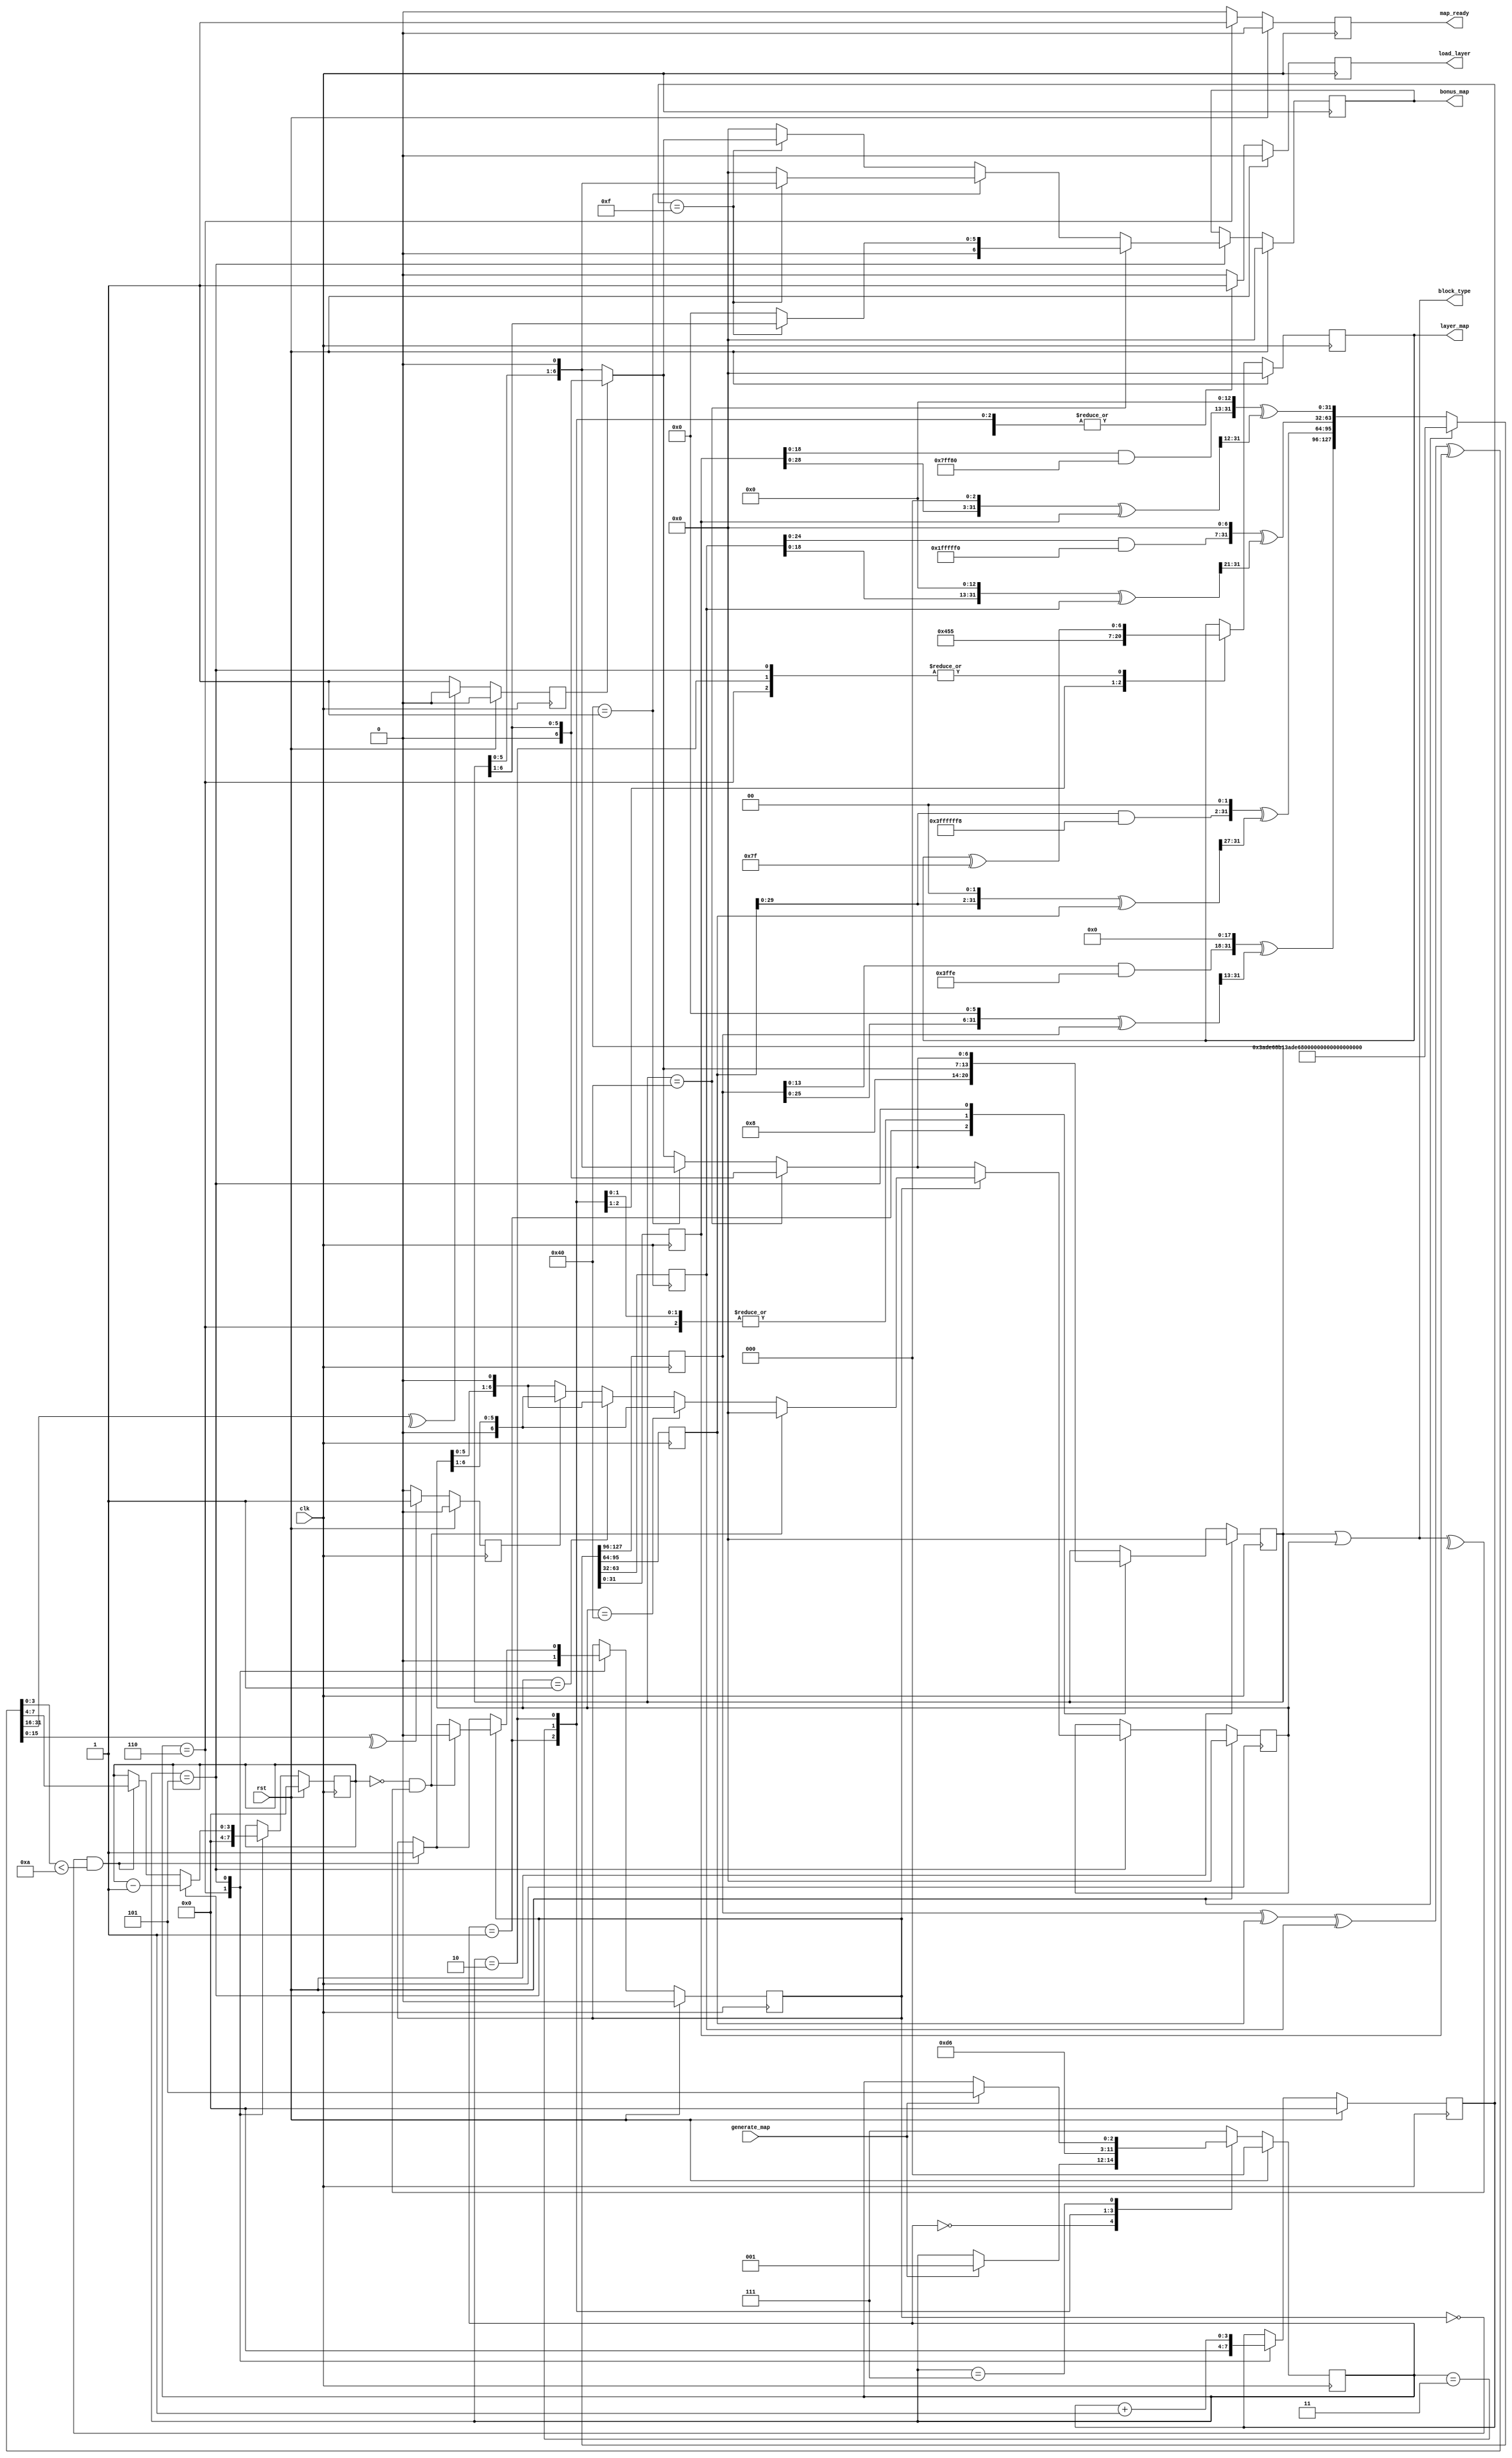
`timescale 1ns / 1ps
//////////////////////////////////////////////////////////////////////////////////
// Company: 
// Engineer: 
// 
// Design Name: 
// Module Name: block_generator
// Project Name: 
// Target Devices: 
// Tool Versions: 
// Description: 
// 
// Dependencies: 
// 
// Revision:
// Revision 0.01 - File Created
// Additional Comments:
// 
//////////////////////////////////////////////////////////////////////////////////


module block_generator(
  input wire clk,
  input wire rst, 
  input wire generate_map,
  output reg [0:6] layer_map,
  output wire [0:6] block_type,
  output reg [0:6] bonus_map,
  output reg load_layer,
  output reg map_ready
);

  localparam S_START = 3'b000;
  localparam S_LAYER_1 = 3'b001; 
  localparam S_LAYER_2 = 3'b011; 
  localparam S_LAYER_3 = 3'b010; 
  localparam S_LAYER_4 = 3'b110;  
  localparam S_IDLE = 3'b111;
  localparam S_GENERATE = 3'b101; 
  
  localparam LEFT = 1'b0, RIGHT = 1'b1;
  localparam SEED = 32'd987654321;
  
  localparam BONUS_PERIOD = 4'b1111;
  
  reg [31:0] z1, z2, z3, z4;
  reg [31:0] z1_nxt=SEED, z2_nxt=SEED, z3_nxt=SEED, z4_nxt=SEED;
  wire [31:0] pseudo_number = (z1 ^ z2 ^ z3 ^ z4);
  
  reg [2:0] state, state_nxt = S_START;
  reg [0:6] main_track, main_track_nxt, layer_map_nxt; 
  reg [0:6] second_track, second_track_nxt;
  reg load_layer_nxt, map_ready_nxt;
  reg direction_main, direction_second;
  reg [3:0] block_counter, block_counter_nxt;
  reg track_en, track_en_nxt;
  
  wire direction_main_nxt = ( ^pseudo_number[31:16] == 1'b1 ) ? LEFT : RIGHT;
  wire direction_second_nxt = ( ^pseudo_number[15:0] == 1'b0 ) ? LEFT : RIGHT;
  
  assign block_type = main_track | second_track;
  
  reg [3:0] bonus_counter, bonus_counter_nxt;
  reg [0:6] bonus_map_nxt;
    
  always @(*) begin
    state_nxt = state;
    layer_map_nxt = layer_map;
    main_track_nxt = main_track;
    second_track_nxt = second_track;
    block_counter_nxt = block_counter;
    load_layer_nxt = 0;
    map_ready_nxt = 0;
    track_en_nxt = track_en;
    bonus_counter_nxt = bonus_counter;
    bonus_map_nxt = bonus_map;
    
    case(state)
      S_START: 
        if( generate_map == 1 ) state_nxt = S_LAYER_1;
      
      S_LAYER_1: begin
        layer_map_nxt = 7'b0001000;
        main_track_nxt = 7'b0001000;
        load_layer_nxt = 1;
        state_nxt = S_LAYER_2;
      end
      
      S_LAYER_2: begin
        layer_map_nxt = 7'b1010101;
        main_track_nxt = ( direction_main == LEFT ) ? ( main_track << 1 ) : ( main_track >> 1 );
        load_layer_nxt = 1;
        state_nxt = S_LAYER_3;
      end
      
      S_LAYER_3: begin
        layer_map_nxt = layer_map ^ 7'b1111111;
        main_track_nxt = ( direction_main == LEFT ) ? ( main_track << 1 ) : ( main_track >> 1 );
        load_layer_nxt = 1;
        state_nxt = S_LAYER_4;
      end
      
      S_LAYER_4: begin
        layer_map_nxt = layer_map ^ 7'b1111111;
        main_track_nxt = ( direction_main == LEFT ) ? ( main_track << 1 ) : ( main_track >> 1 );
        load_layer_nxt = 1;
        map_ready_nxt = 1;
        block_counter_nxt = 0;
        track_en_nxt = 0;
        bonus_counter_nxt = 0;
        state_nxt = S_IDLE;
      end
      
      S_IDLE: 
        if( generate_map == 1 ) state_nxt = S_GENERATE;
      
      S_GENERATE: begin
        bonus_counter_nxt = bonus_counter + 1;
        bonus_map_nxt = 7'b0;
        
        layer_map_nxt = layer_map ^ 7'b1111111;
        if( main_track == 7'b1000000 ) begin
          main_track_nxt = main_track >> 1;
          if(bonus_counter == BONUS_PERIOD ) bonus_map_nxt = main_track >> 1;
          second_track_nxt = ( track_en == 1 ) ? second_track : (main_track >> 1);
        end
        else if( main_track == 7'b0000001 ) begin
          main_track_nxt = main_track << 1;
          if(bonus_counter == BONUS_PERIOD ) bonus_map_nxt = main_track << 1;
          second_track_nxt = ( track_en == 1 ) ? second_track : (main_track << 1);
        end  
        else begin
          main_track_nxt = ( direction_main == LEFT ) ? ( main_track << 1 ) : ( main_track >> 1 );
          if(bonus_counter == BONUS_PERIOD ) bonus_map_nxt = ( direction_main == LEFT ) ? ( main_track << 1 ) : ( main_track >> 1 );
          second_track_nxt = ( track_en == 1 ) ? second_track : (( direction_main == LEFT ) ? ( main_track << 1 ) : ( main_track >> 1 ));
        end  
        
        if( (track_en == 0) && (pseudo_number[3:0] < 4'hA) ) begin
          track_en_nxt = 1'b1;
          block_counter_nxt = pseudo_number[7:4];
        end    
              
        if( track_en == 1'b1 ) begin
          block_counter_nxt = block_counter - 1;
          if( (block_counter == 4'h0) && (^block_type == 1'b1) ) begin 
            second_track_nxt = 7'b0000000;
            track_en_nxt = 1'b0;
          end
          else if( second_track == 7'b1000000 ) second_track_nxt = second_track >> 1;
          else if( second_track == 7'b0000001 ) second_track_nxt = second_track << 1;
          else second_track_nxt = ( direction_second == LEFT ) ? ( second_track << 1 ) : ( second_track >> 1 );
        end
        state_nxt = S_IDLE;
      end
        
      default: state_nxt = S_IDLE; 
    endcase
  end
  
  always @( posedge clk ) begin
    if(rst) begin
      state <= S_START;
      layer_map <= 7'b0000000;
      main_track <= 7'b0000000;
      second_track <= 7'b0000000;
      load_layer <= 1'b0;
      map_ready <= 1'b0;
      direction_main <= 1'b0;
      direction_second <= 1'b0;
      block_counter <= 4'b0;
      track_en <= 1'b0;
      bonus_counter <= 4'b0;
      bonus_map <= 7'b0;
    end 
    else begin
      state <= state_nxt;
      layer_map <= layer_map_nxt;
      main_track <= main_track_nxt;
      second_track <= second_track_nxt;
      load_layer <= load_layer_nxt;
      map_ready <= map_ready_nxt;
      direction_main <= direction_main_nxt;
      direction_second <= direction_second_nxt;
      block_counter <= block_counter_nxt;
      track_en <= track_en_nxt;
      bonus_counter <= bonus_counter_nxt;
      bonus_map <= bonus_map_nxt;
    end
  end
  
  always @(*) begin
    z1_nxt = (((z1 & 32'd4294967294) << 18) ^ (((z1 << 6)  ^ z1) >> 13));
    z2_nxt = (((z2 & 32'd4294967288) << 2)  ^ (((z2 << 2)  ^ z2) >> 27));
    z3_nxt = (((z3 & 32'd4294967280) << 7)  ^ (((z3 << 13) ^ z3) >> 21));
    z4_nxt = (((z4 & 32'd4294967168) << 13) ^ (((z4 << 3)  ^ z4) >> 12));
  end
  
  always @( posedge clk ) 
    if(rst) {z1, z2, z3, z4} <= {SEED, SEED, SEED, SEED};
    else {z1, z2, z3, z4} <= {z1_nxt, z2_nxt, z3_nxt, z4_nxt};
    
endmodule